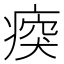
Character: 𤷿